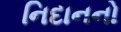
નિદાનનો